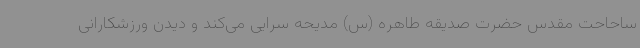
ساحاحت مقدس حضرت صدیقه طاهره (س) مدیحه سرایی می‌کند و دیدن ورزشکارانی